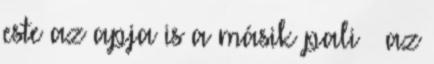
este az apja is a másik pali – az